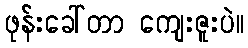
ဖုန်းခေါ်တာ ကျေးဇူးပဲ။